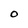
Character: 0